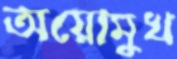
অয়োমুখ